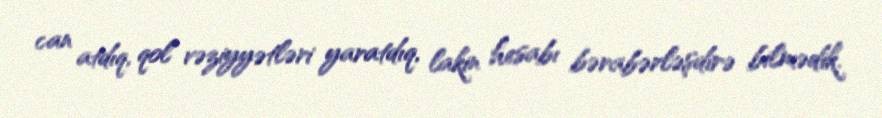
can atdıq, qol vəziyyətləri yaratdıq, lakin hesabı bərabərləşdirə bilmədik.